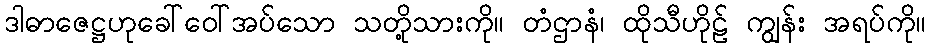
ဒါဓာဇေဋ္ဌဟုခေါ်ဝေါ်အပ်သော သတို့သားကို။ တံဌာနံ၊ ထိုသီဟိုဠ် ကျွန်း အရပ်ကို။